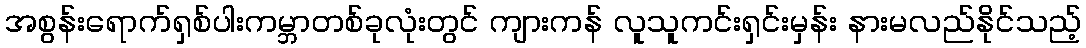
အစွန်းရောက်ရှစ်ပါးကမ္ဘာတစ်ခုလုံးတွင် ကျားကန် လူသူကင်းရှင်းမှန်း နားမလည်နိုင်သည့်